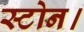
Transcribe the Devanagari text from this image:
स्टोन।